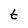
Character: t